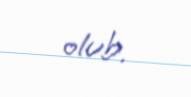
olub.